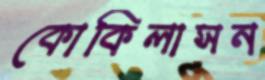
কোকিলাসন